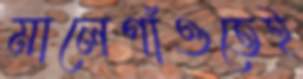
মালেগাঁওতেই